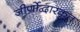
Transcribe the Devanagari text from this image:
जीर्णोद्वारकृत